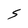
Character: S